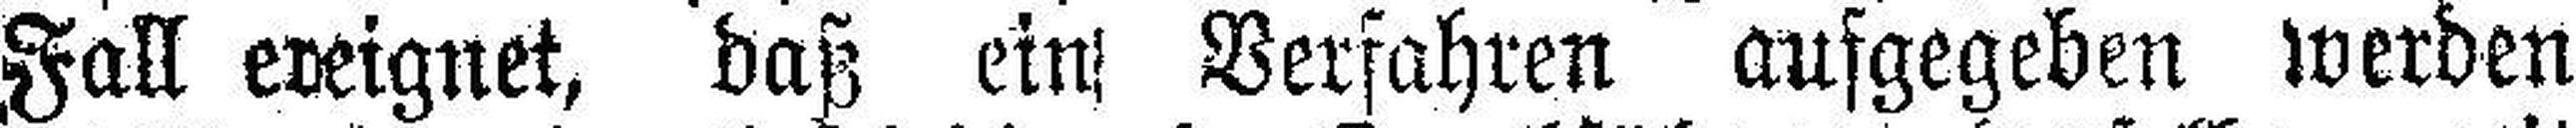
Fall ereignet, daß ein Verfahren aufgegeben werden